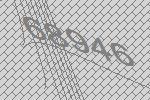
68946